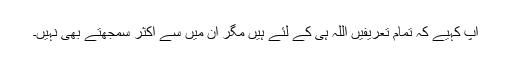
آپ کہیے کہ تمام تعریفیں اللہ ہی کے لئے ہیں مگر ان میں سے اکثر سمجھتے بھی نہیں۔